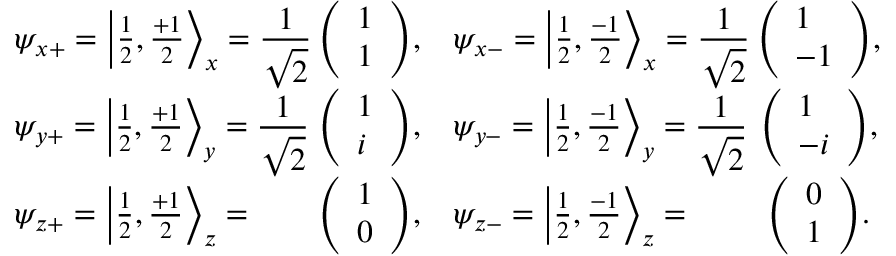
{ \begin{array} { l c l c } { \psi _ { x + } = \left| { \frac { 1 } { 2 } } , { \frac { + 1 } { 2 } } \right\rangle _ { x } = \displaystyle { \frac { 1 } { \sqrt { 2 } } } \! \! \! \! \! } & { { \left( \begin{array} { l } { { 1 } } \\ { { 1 } } \end{array} \right) } , } & { \psi _ { x - } = \left| { \frac { 1 } { 2 } } , { \frac { - 1 } { 2 } } \right\rangle _ { x } = \displaystyle { \frac { 1 } { \sqrt { 2 } } } \! \! \! \! \! } & { { \left( \begin{array} { l } { { 1 } } \\ { { - 1 } } \end{array} \right) } , } \\ { \psi _ { y + } = \left| { \frac { 1 } { 2 } } , { \frac { + 1 } { 2 } } \right\rangle _ { y } = \displaystyle { \frac { 1 } { \sqrt { 2 } } } \! \! \! \! \! } & { { \left( \begin{array} { l } { { 1 } } \\ { { i } } \end{array} \right) } , } & { \psi _ { y - } = \left| { \frac { 1 } { 2 } } , { \frac { - 1 } { 2 } } \right\rangle _ { y } = \displaystyle { \frac { 1 } { \sqrt { 2 } } } \! \! \! \! \! } & { { \left( \begin{array} { l } { { 1 } } \\ { { - i } } \end{array} \right) } , } \\ { \psi _ { z + } = \left| { \frac { 1 } { 2 } } , { \frac { + 1 } { 2 } } \right\rangle _ { z } = } & { { \left( \begin{array} { l } { 1 } \\ { 0 } \end{array} \right) } , } & { \psi _ { z - } = \left| { \frac { 1 } { 2 } } , { \frac { - 1 } { 2 } } \right\rangle _ { z } = } & { { \left( \begin{array} { l } { 0 } \\ { 1 } \end{array} \right) } . } \end{array} }